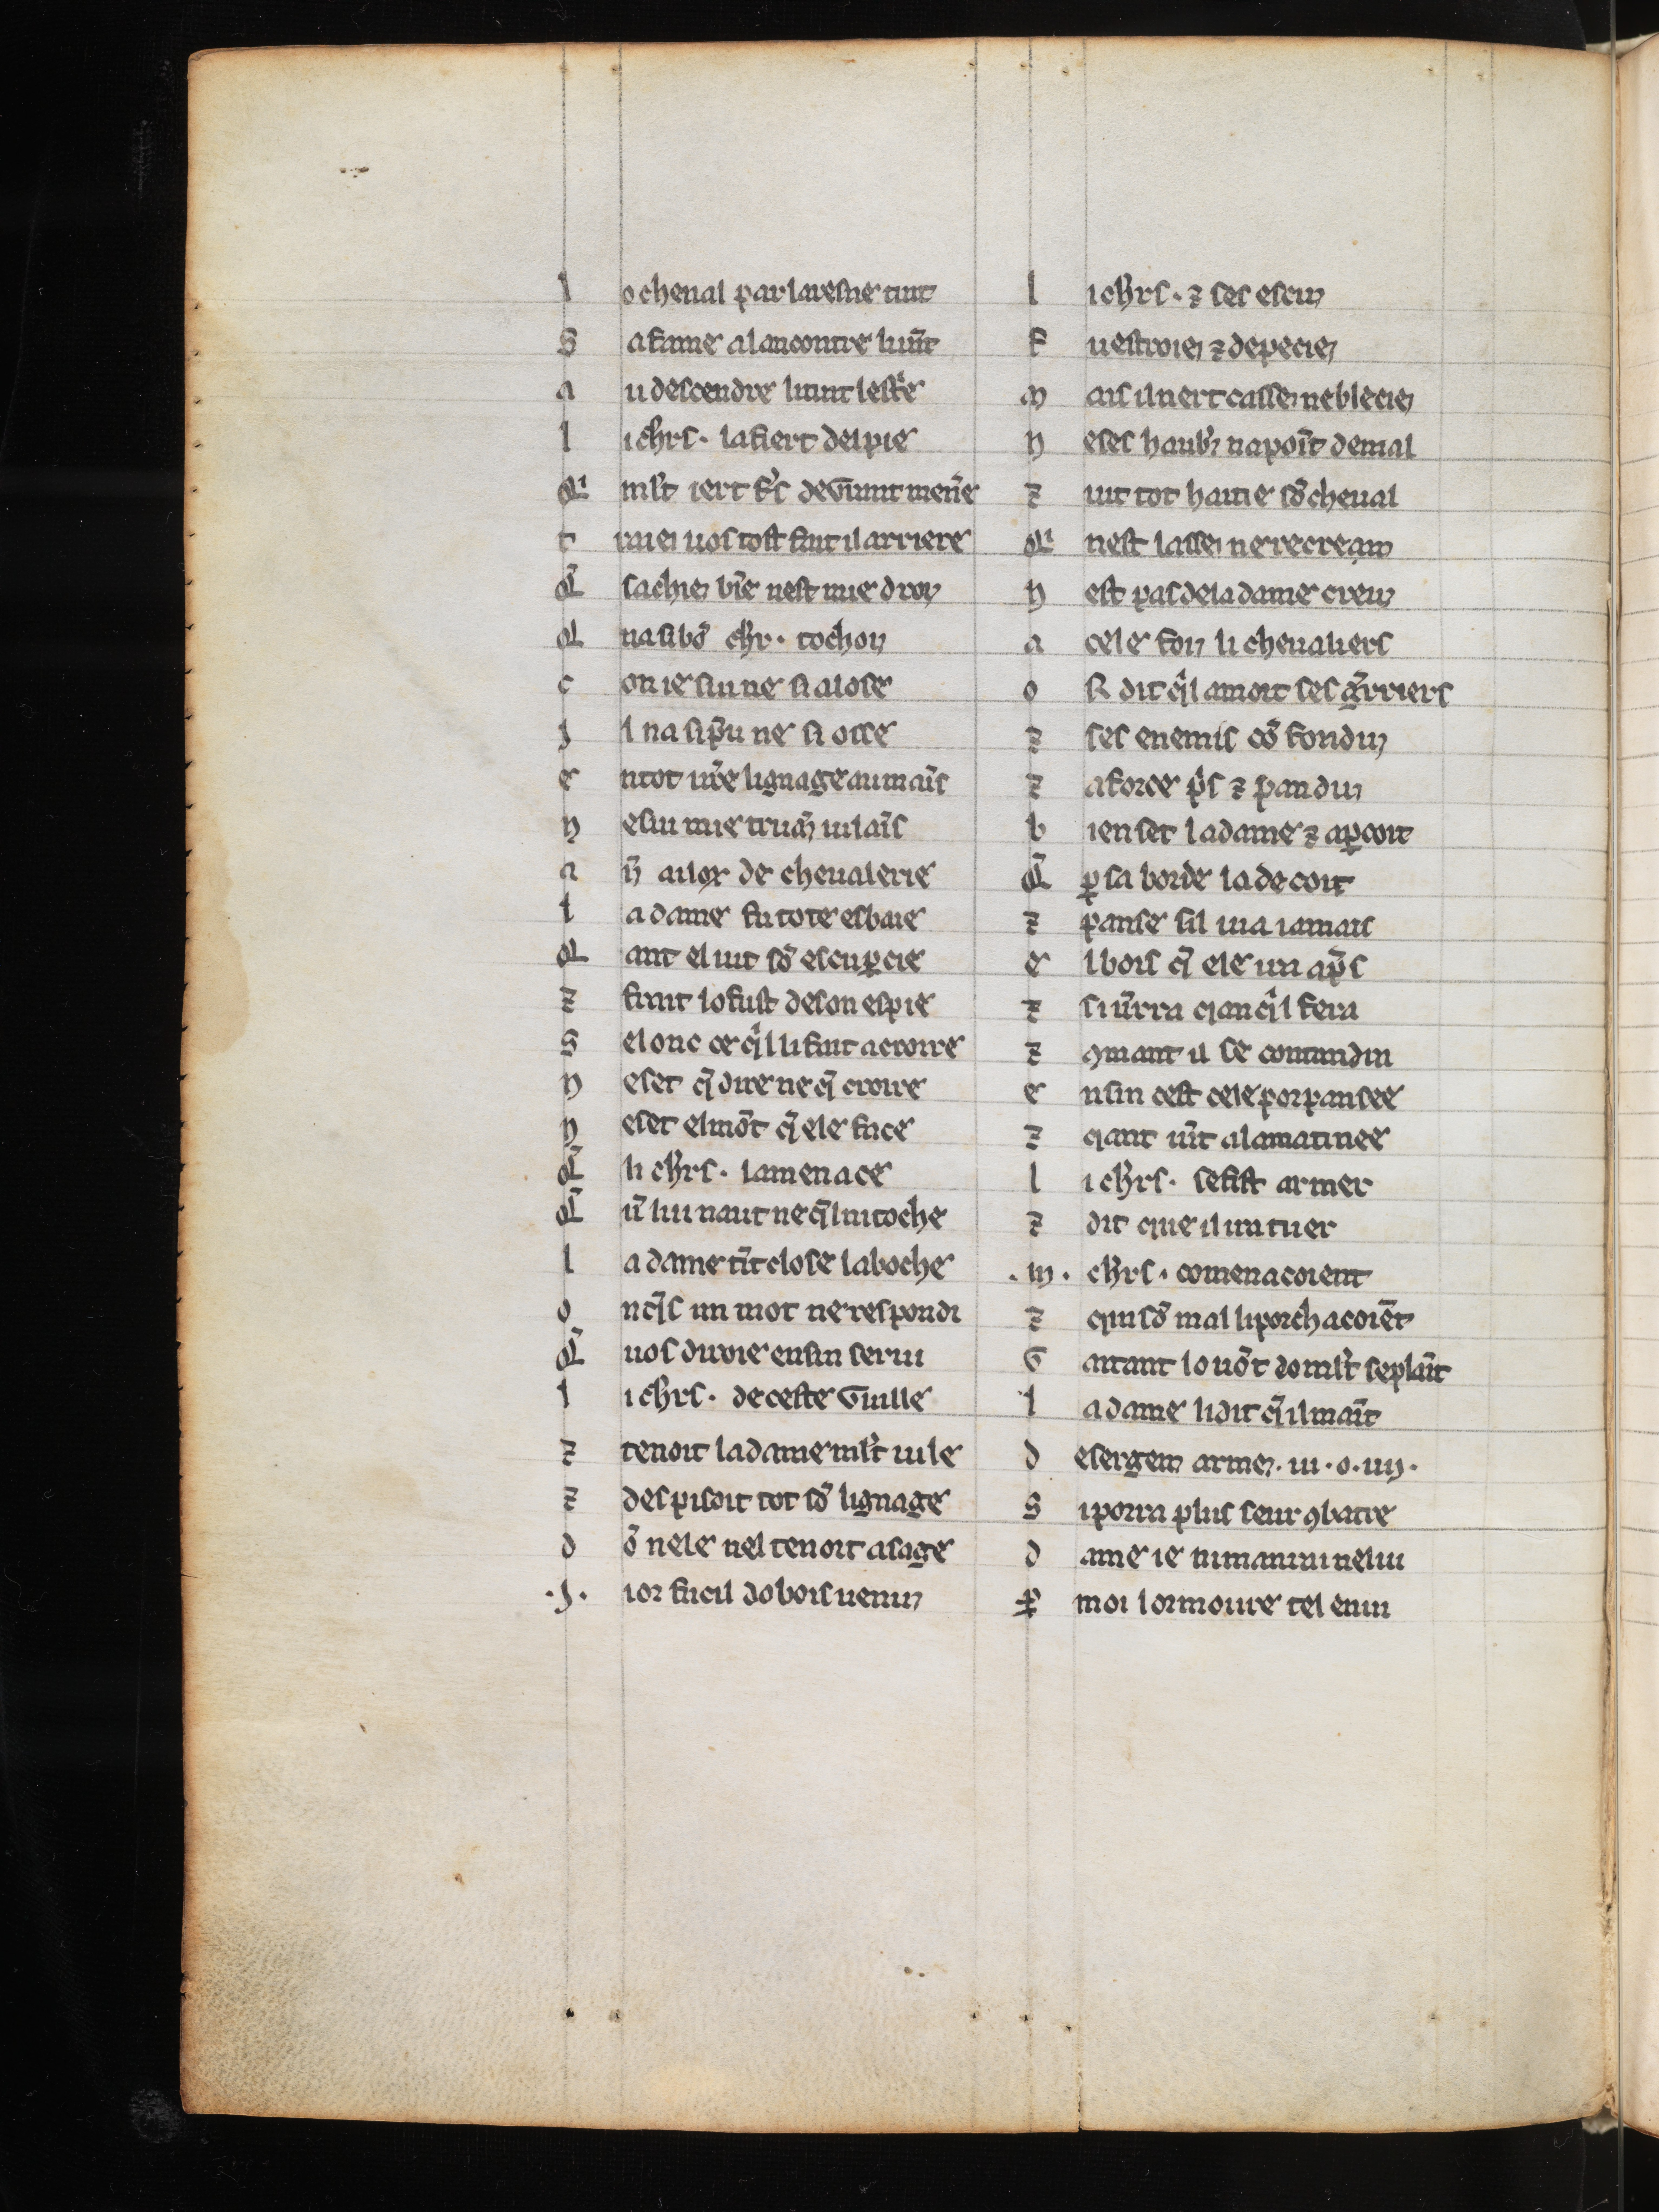
Shelfmark: Bern, Burgerbibliothek, 354
Century: 14